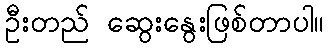
ဦးတည် ဆွေးနွေးဖြစ်တာပါ။